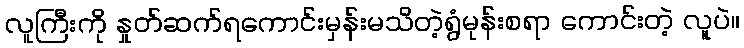
လူကြီးကို နှုတ်ဆက်ရကောင်းမှန်းမသိတဲ့ရွံမုန်းစရာ ကောင်းတဲ့ လူပဲ။